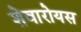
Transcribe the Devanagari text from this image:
शेवारोयस